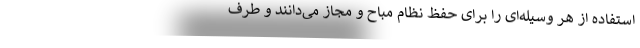
استفاده از هر وسیله‌ای را برای حفظ نظام مباح و مجاز می‌دانند و طرف